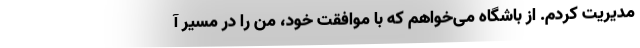
مدیریت کردم. از باشگاه می‌خواهم که با موافقت خود، من را در مسیر آ